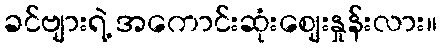
ခင်ဗျားရဲ့ အကောင်းဆုံးဈေးနှုန်းလား။